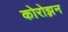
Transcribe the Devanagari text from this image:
कोरोझ़न